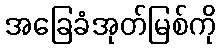
အခြေခံအုတ်မြစ်ကို